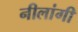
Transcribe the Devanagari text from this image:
नीलांगी